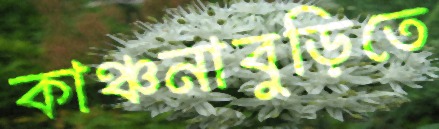
কাঞ্চনাবুড়িতে